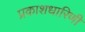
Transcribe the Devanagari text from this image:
प्रकाशधारिणी